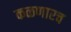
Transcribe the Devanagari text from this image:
कळणारच